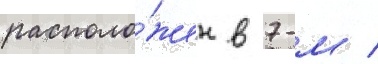
располо́жен в 7-м /